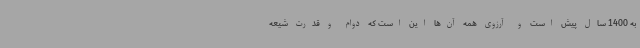
به 1400 سال پیش است و آرزوی همه آن‌ها این است که دوام و قدرت شیعه